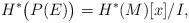
LaTeX: \begin{align*}H^*\big(P(E)\big) = H^*(M)[x]/I, \end{align*}